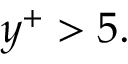
y ^ { + } > 5 .